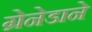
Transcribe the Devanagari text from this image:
ग्रेनेडाने